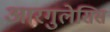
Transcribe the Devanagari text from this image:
आरगुलेसिस